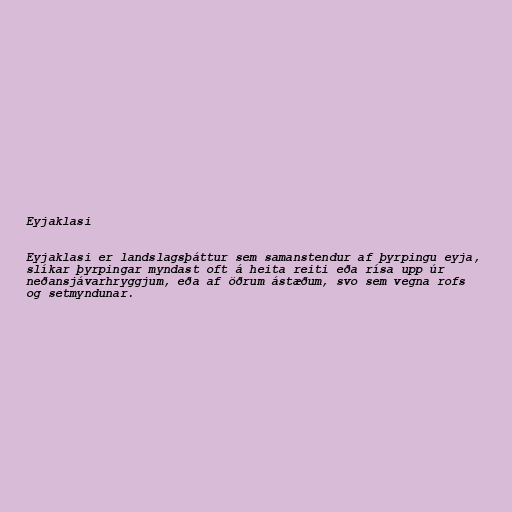
Eyjaklasi

Eyjaklasi er landslagsþáttur sem samanstendur af þyrpingu eyja,
slíkar þyrpingar myndast oft á heita reiti eða rísa upp úr
neðansjávarhryggjum, eða af öðrum ástæðum, svo sem vegna rofs
og setmyndunar.